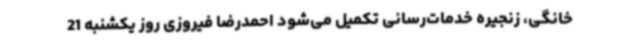
خانگی، زنجیره خدمات‌رسانی تکمیل می‌شود احمدرضا فیروزی روز یکشنبه 21